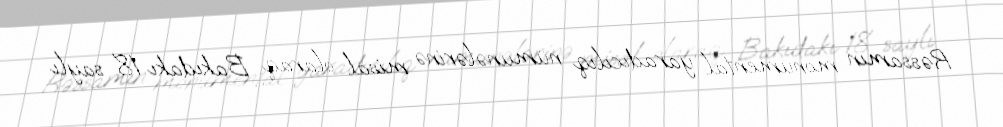
Rəssamın monumental yaradıcılıq nümunələrinə misal olaraq Bakıdakı 18 saylı